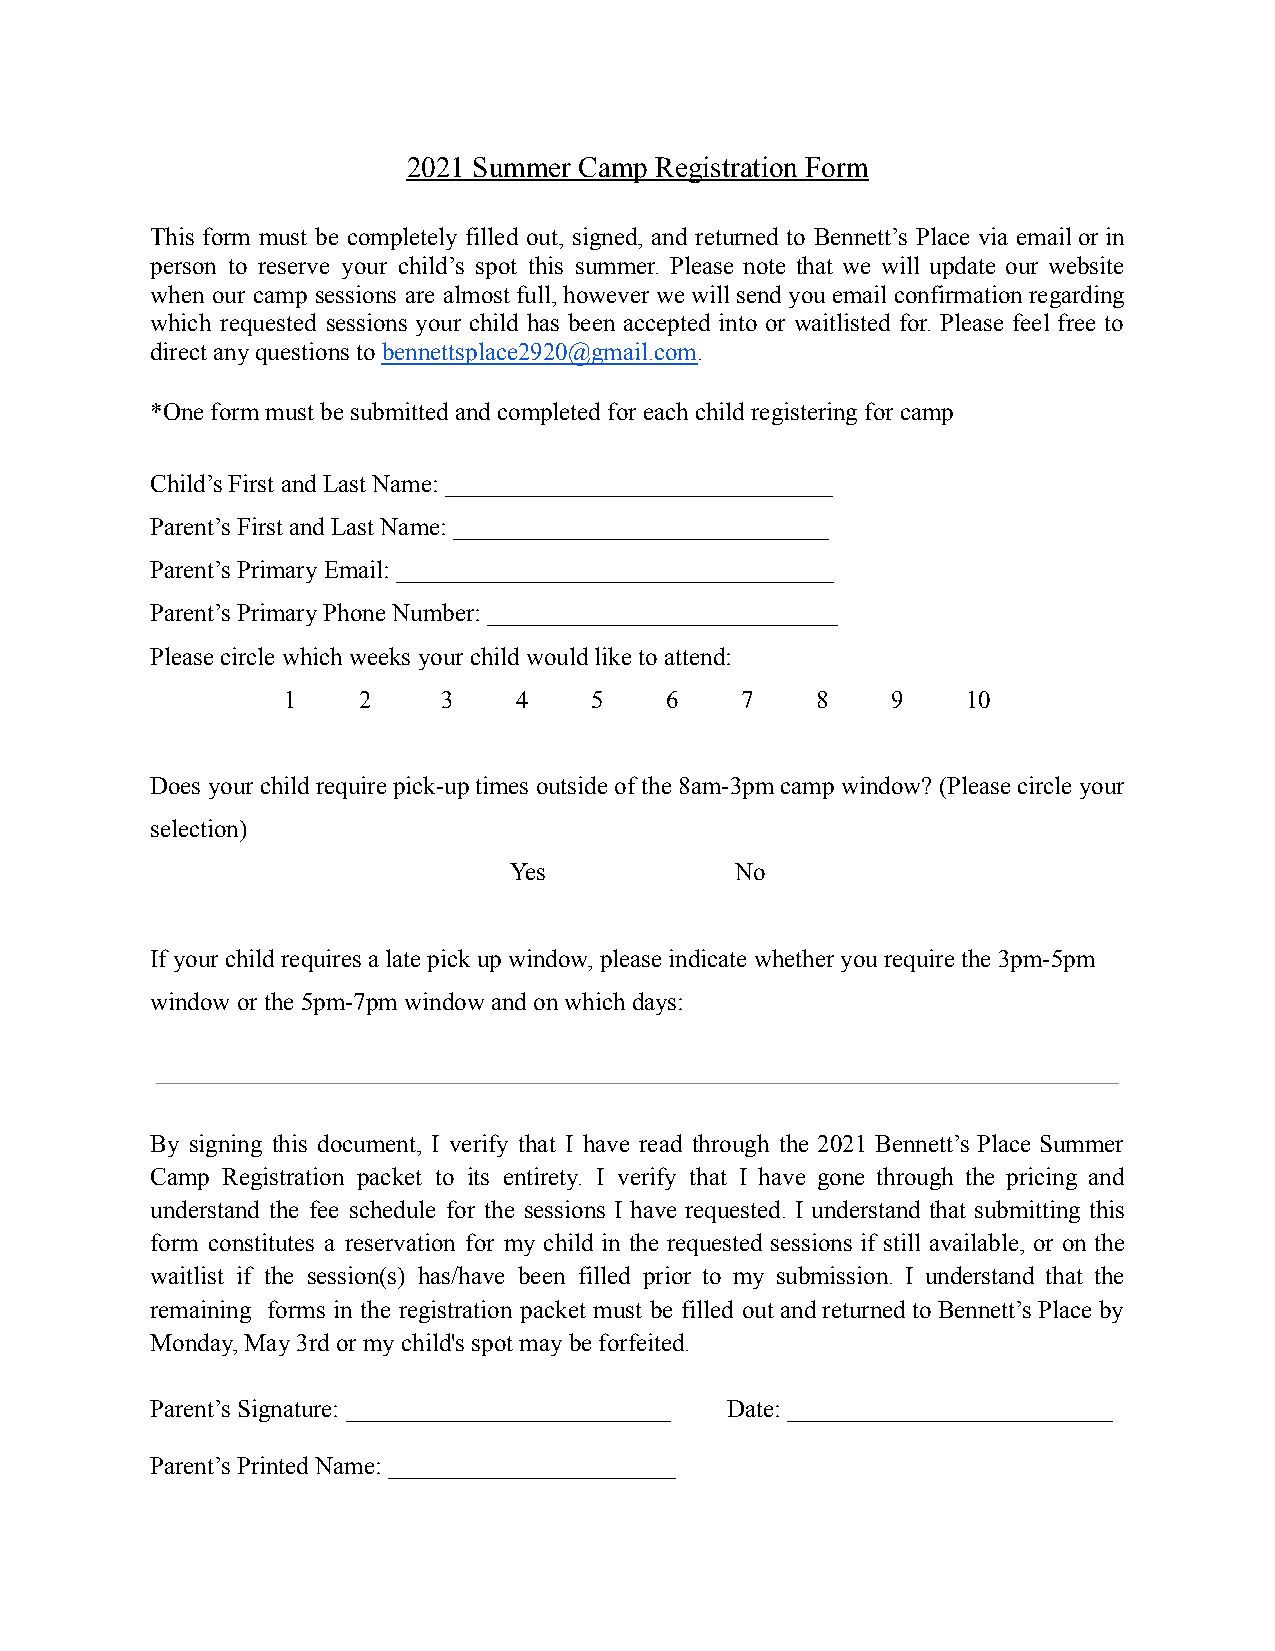
2021 Summer Camp Registration Form
 This form must be completely filled out, signed, and returned to Bennett’s Place via email orin
 person to reserve your child’s spot this summer. Please note that we will update our website
 when our camp sessions are almostfull, however wewillsend youemailconfirmation regarding
 which requested sessions your child has been accepted into or waitlisted for. Please feel free to
 direct any questions to bennettsplace2920@gmail.com.
 *One form must be submitted and completed for eachchild registering for camp
 Child’s First and Last Name: _______________________________
 Parent’s First and Last Name: ______________________________
 Parent’s Primary Email: ___________________________________
 Parent’s Primary Phone Number: ____________________________
 Please circle which weeks your child would like to attend:
 1    2    3    4    5    6    7    8    9    10
 Does your child require pick-up times outside of the 8am-3pm camp window? (Please circle your
 selection)
 Yes            No
 If your child requires a late pick up window, pleaseindicate whether you require the 3pm-5pm
 window or the 5pm-7pm window and on which days:
 By signing this document, I verify that I have read through the 2021 Bennett’s Place Summer
 Camp Registration packet to its entirety. I verify that I have gone through the pricing and
 understand the fee schedule for the sessions I have requested. I understand that submitting this
 form constitutes a reservation for my child in the requested sessions if still available, or on the
 waitlist if the session(s) has/have been filled prior to my submission. I understand that the
 remaining forms in the registration packet must be filled out andreturned toBennett’sPlace by
 Monday, May 3rd or my child's spot may be forfeited.
 Parent’s Signature: __________________________ Date: __________________________
 Parent’s Printed Name: _______________________